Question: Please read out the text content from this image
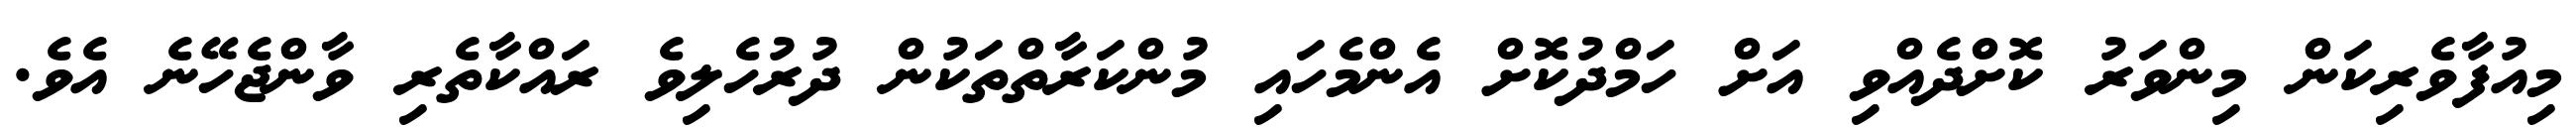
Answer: މިއުފާވެރިކަން މިންވަރު ކޮށްދެއްވި އަށް ހަމްދުކޮށް އެންމެހައި މުންކަރާތްތަކުން ދުރުހެލިވެ ރައްކާތެރި ވާންޖެހޭނެ އެވެ.